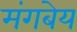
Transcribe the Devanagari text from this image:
मंगबेय